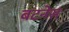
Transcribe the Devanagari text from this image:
बटनेस